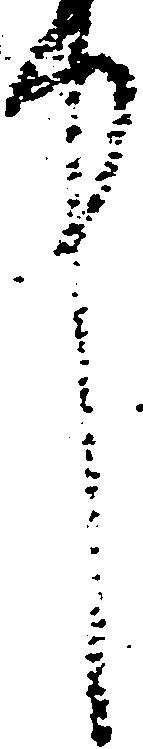
中